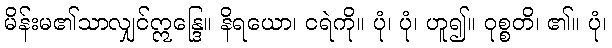
မိန်းမ၏သာလျှင်ဣန္ဒြေ။ နိရယော၊ ငရဲကို။ ပုံ၊ ပုံ၊ ဟူ၍။ ဝုစ္စတိ၊ ၏။ ပုံ၊